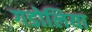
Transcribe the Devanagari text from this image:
गडोलिया